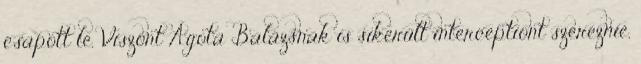
csapott le. Viszont Ágota Balázsnak is sikerült interceptiont szereznie,